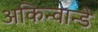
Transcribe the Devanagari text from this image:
अकिन्वान्डे